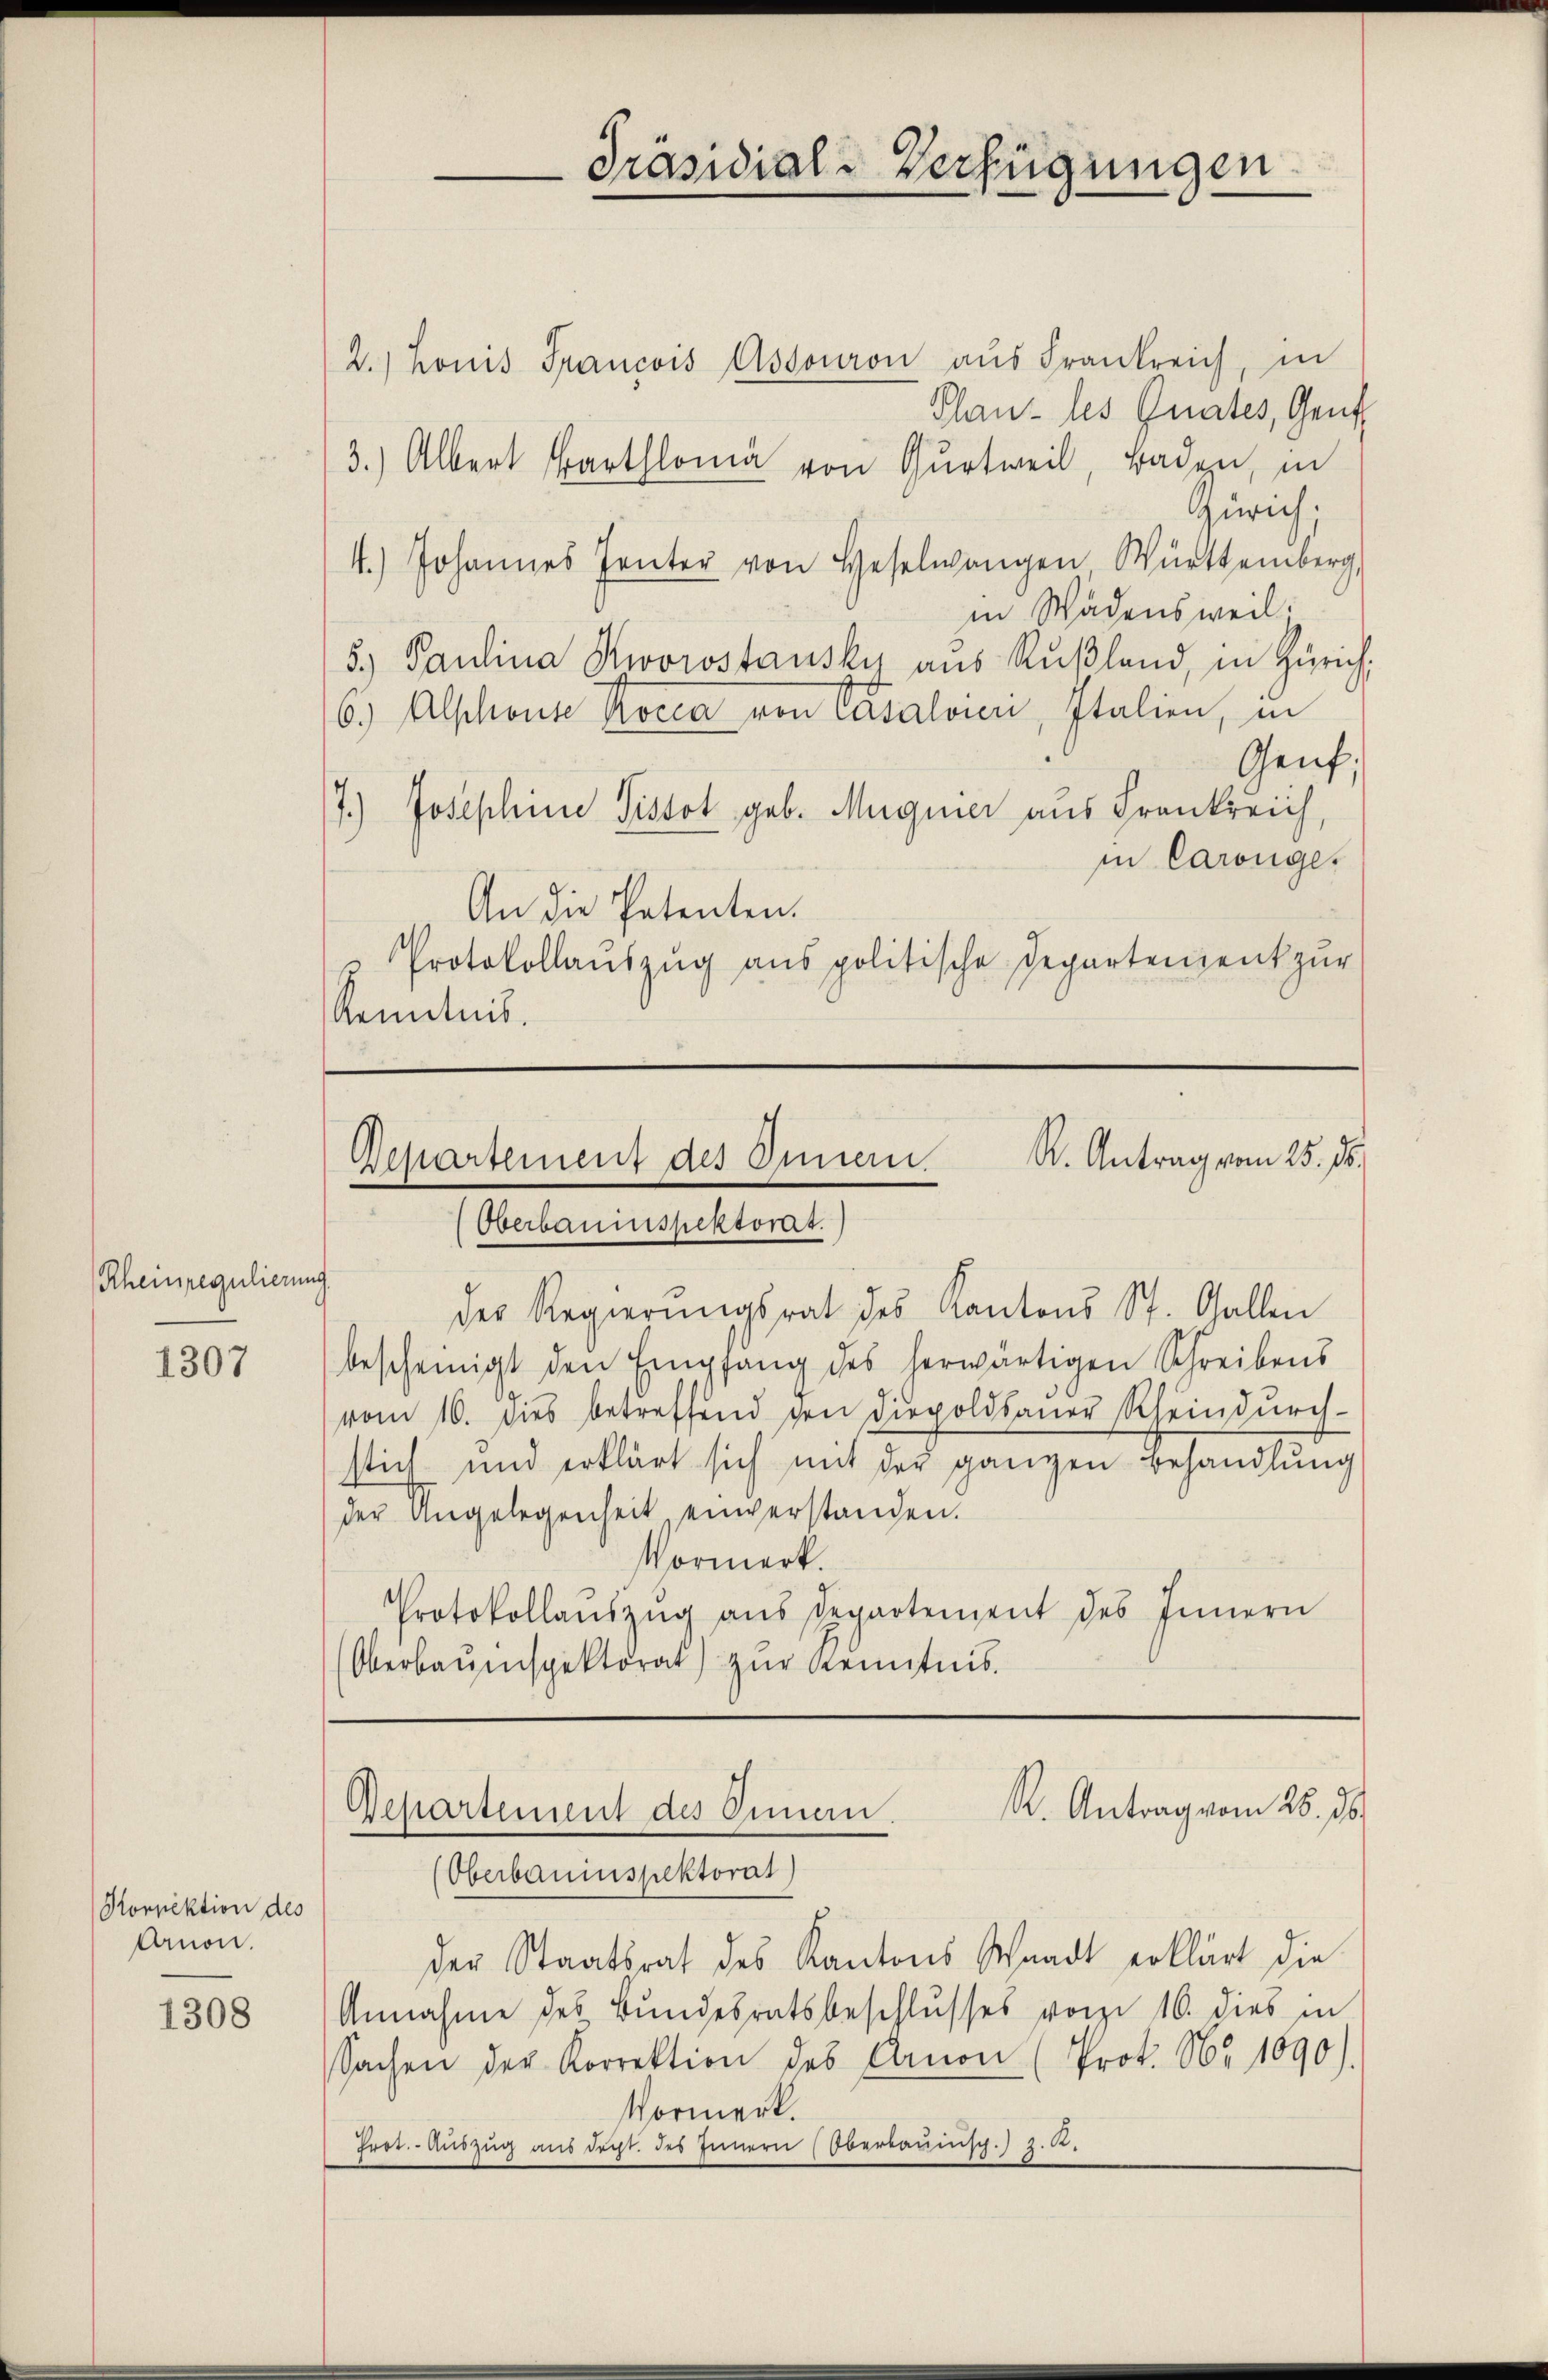
Rheinregulierung.

1307

Konpektion des
Arnon.

1308

2.) Konis Francois Assouron aŭs Frankreich, in
Plans les Gnates, Genf
3.) Albert Bartl von Gurtweil, Baden, in
Zürich;
4.) Johannes Tanter von Haselwangen Württemberg
in Wädensweil.
5) Paulina Kworostausky aus Rußland, in Zürich,
6.) Alschonte Korea von Casaloren, Italien, in
Genf,
7.
1.) Josephine Pissot geb. Magnier aus Frankreich,
in Carouge.
An die Patenten.
Protokollaŭszŭg ans politische Departement zur
Kenntnis.

Präsidial-Verfügungen

Departement des Inner K. Antrag vom 25. ds.
Oberbauinspektorat.

Der Regierungsrat des Kantons St. Gallen
bescheinigt den Empfang des herwärtigen Schreibens
vom 10. dies betreffend den Dippoldsauer Rheindurch-
stich und erklärt sich mit der ganzen Behandlung
der Angelegenheit einverstanden.
Vormerk.
Protokollaŭszŭg ans Departement des Innern
Oberbaŭenspektorat) zŭr Kenntnis.

R. Antrag vom 25. ds.
Departement des Sinnen.

(Oberbaumspektorat)
der Staatsrat des Kantons Schnadt erklärt die
Annahme des Bundesratsbeschlusses vorzu 16. dies in
Sachen der Korrektion des Canon (Prot. No 1090).
Vormerk.
Eret. Aŭszŭg aŭs dept. des Innern Oberrauisch. 2. 2.